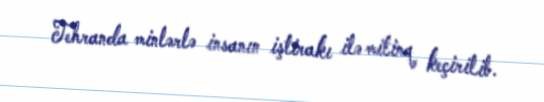
Tehranda minlərlə insanın iştirakı ilə mitinq keçirilib.